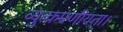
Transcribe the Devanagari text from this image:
व्युत्क्रमणीयता।